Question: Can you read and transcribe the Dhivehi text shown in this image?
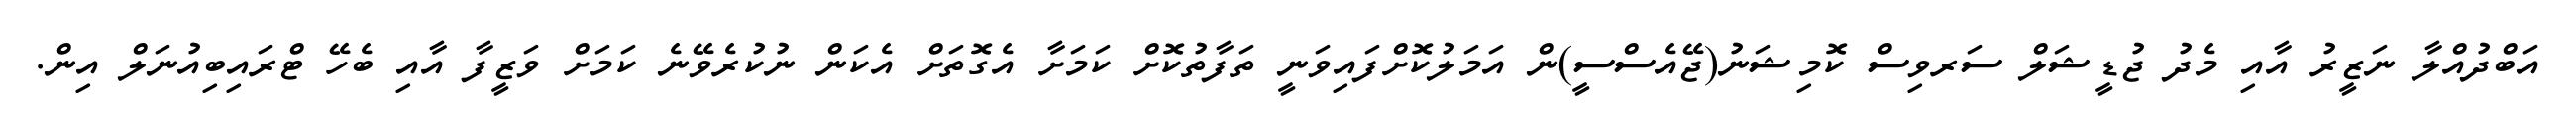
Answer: އަބްދުއްލާ ނަޒީރު އާއި މެދު ޖުޑީޝަލް ސަރވިސް ކޮމިޝަނު(ޖޭއެސްސީ)ން އަމަލުކޮށްފައިވަނީ ތަފާތުކޮށް ކަމަށާ އެގޮތަށް އެކަން ނުކުރެވޭނެ ކަމަށް ވަޒީފާ އާއި ބެހޭ ޓްރައިބިއުނަލް އިން.